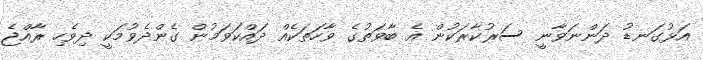
އަޅުގަނޑު ދަންނަވާނީ ސަރުކާރަކުން އެ ބާވަތުގެ ވާހަތަކެއް ދައްކަވަމުން ގެންދެވުމަކީ ދިވެހި ރާއްޖެ